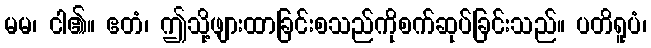
မမ၊ ငါ၏။ ဧတံ၊ ဤသို့ဖျားထာခြင်းစသည်ကိုစက်ဆုပ်ခြင်းသည်။ ပတိရူပံ၊